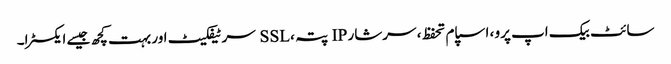
سائٹ بیک اپ پرو ، اسپام تحفظ ، سرشار IP پتہ ، SSL سرٹیفکیٹ اور بہت کچھ جیسے ایکسٹرا۔